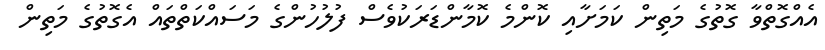
އެއްގޮތްވާ ގޮތުގެ މަތިން ކަމަށާއި ކޮންމެ ކޮމާންޑަރަކުވެސް ފުލުހުންގެ މަސައްކަތްތައް އެގޮތުގެ މަތިން